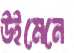
উইমেনে